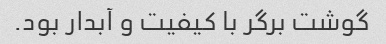
گوشت برگر با کیفیت و آبدار بود.